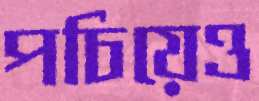
পচিয়েও